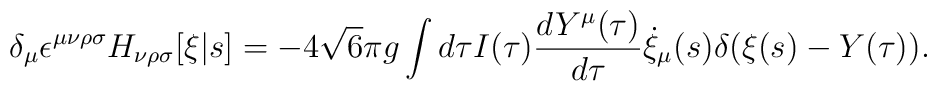
\delta_\mu \epsilon^{\mu\nu\rho\sigma} H_{\nu\rho\sigma}[\xi|s]   = -4 \sqrt{6} \pi g \int d\tau I(\tau) \frac{d Y^\mu(\tau)}{d\tau}   \dot{\xi}_\mu(s) \delta(\xi(s) - Y(\tau)).